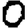
Digit: 0